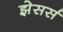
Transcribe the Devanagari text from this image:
झेसर्स